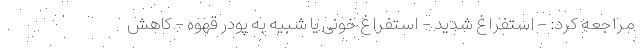
مراجعه کرد: - استفراغ شدید - استفراغ خونی یا شبیه به پودر قهوه - کاهش